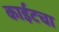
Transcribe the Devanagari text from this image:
काईटचा